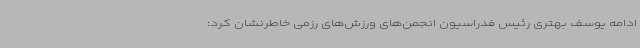
ادامه یوسف بهتری رئیس فدراسیون انجمن‌های ورزش‌های رزمی خاطرنشان کرد: